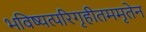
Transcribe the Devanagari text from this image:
भविष्यत्परिगृहीतममृतेन